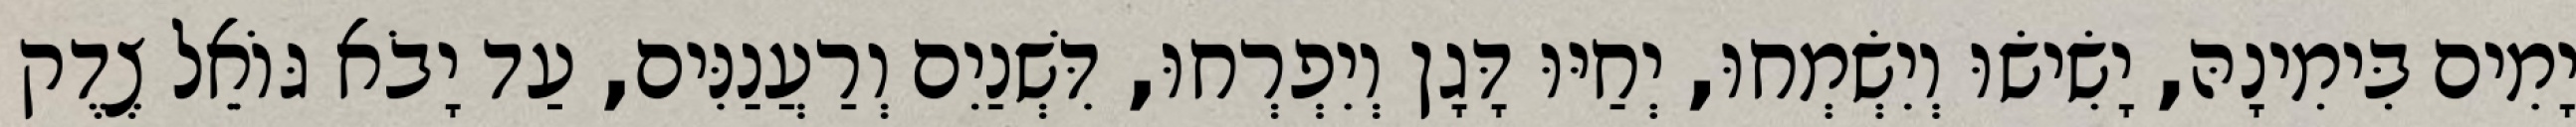
יָמִים בִּימִינָהּ, יָשִׂישׂוּ וְיִשְׂמְחוּ, יְחַיּוּ דָּגָן וְיִפְרְחוּ, דִּשְׁנַיִם וְרַעֲנַנִּים, עַד יָבֹא גּוֹאֵל צֶדֶק